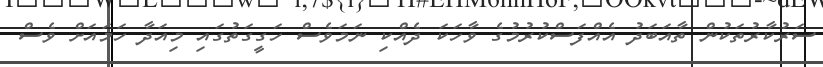
ސަރުކާރުތަކުން ތާއަބަދު އެއްފަސްކުރުމުގެ ވާހަކަ ދެއްކި ނަމަވެސް ހަގީގަތުގައި މިއަދާ ހަމައަށް ވެސް